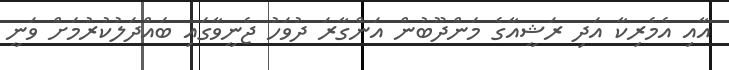
އާއި އެމެރިކާ އަދި ރަޝީއާގެ މަންދޫބުން އަންގާރަ ދުވަހު ޖެނީވާގައި ބައްދަލުކުރުމަށް ވަނީ